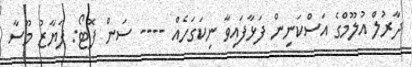
ދާރުލް އުލޫމްގެ އަސްކަނިން ފަޅާފައިވާ ނިކަގަހެއް ---- ސަން ފޮޓޯ: ފަޔާޒު މޫސާ